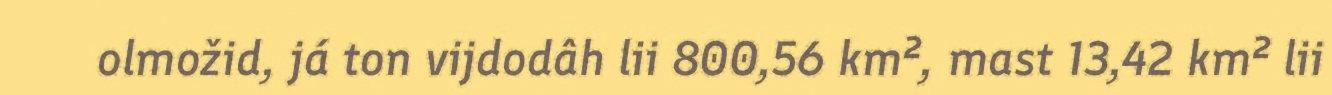
olmožid, já ton vijdodâh lii 800,56 km², mast 13,42 km² lii